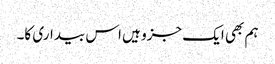
ہم بھی ایک جزو ہیں اس بیداری کا۔